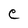
Character: C